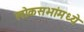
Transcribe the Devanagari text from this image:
लोकसभांमध्ये